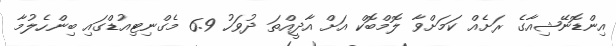
އިންޑޮނޭޝިއާގެ ރަށެއް ކަމަށްވާ ލޮމްބޮކް އަށް އާދީއްތަ ދުވަހު 6.9 މެގްނިޓިއުޑްގައި ބިންހެލުމާ